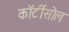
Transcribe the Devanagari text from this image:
कॉर्टीसोल